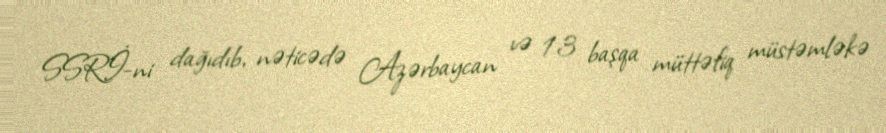
SSRİ-ni dağıdıb, nəticədə Azərbaycan və 13 başqa müttəfiq müstəmləkə